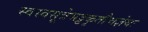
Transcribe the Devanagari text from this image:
स्वस्वसूत्रेभट्टकृतौचज्ञेयः